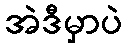
အဲဒီမှာပဲ